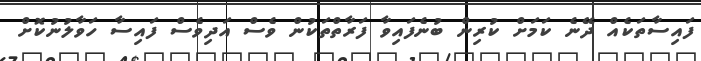
ފައިސާތަކެއް ދޭނެ ކަމަށް ކުރިން ބުނެފައިވާ ފަރާތްތަކުން ވެސް އަދިވެސް ފައިސާ ހަވާލުނުކޮށް